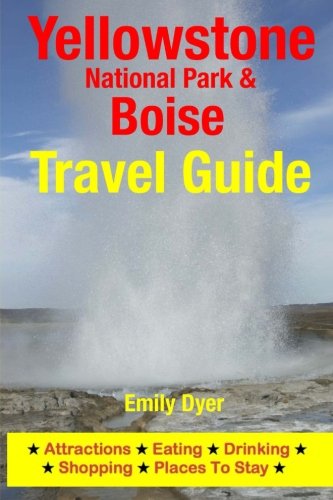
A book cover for Yellowstone National Park & Boise Travel Guide: Attractions, Eating, Drinking, Shopping & Places To Stay; Emily Dyer; Travel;